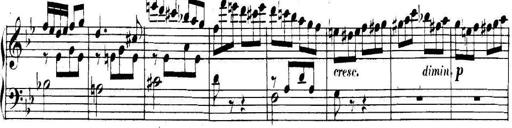
Title: Collected Piano Sonatas
Composer: Muzio Clementi